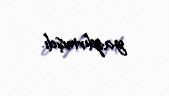
yazdırmışdı.